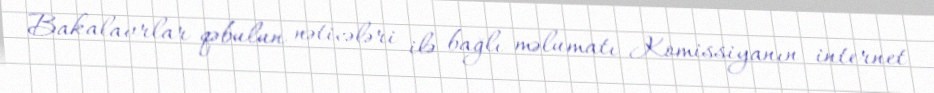
Bakalavrlar qəbulun nəticələri ilə bağlı məlumatı Komissiyanın internet